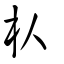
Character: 朲